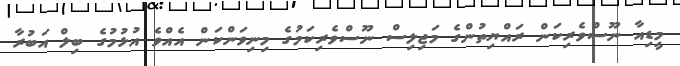
މީޑިއާ ނޫސްވެރިކަން ރައްޔިތުންގެ މަޖިލިސް ނޫސްވެރިކަމުގެ މިނިވަންކަން އެއްވެ އުޅުމުގެ ބިލް އަބުރާ